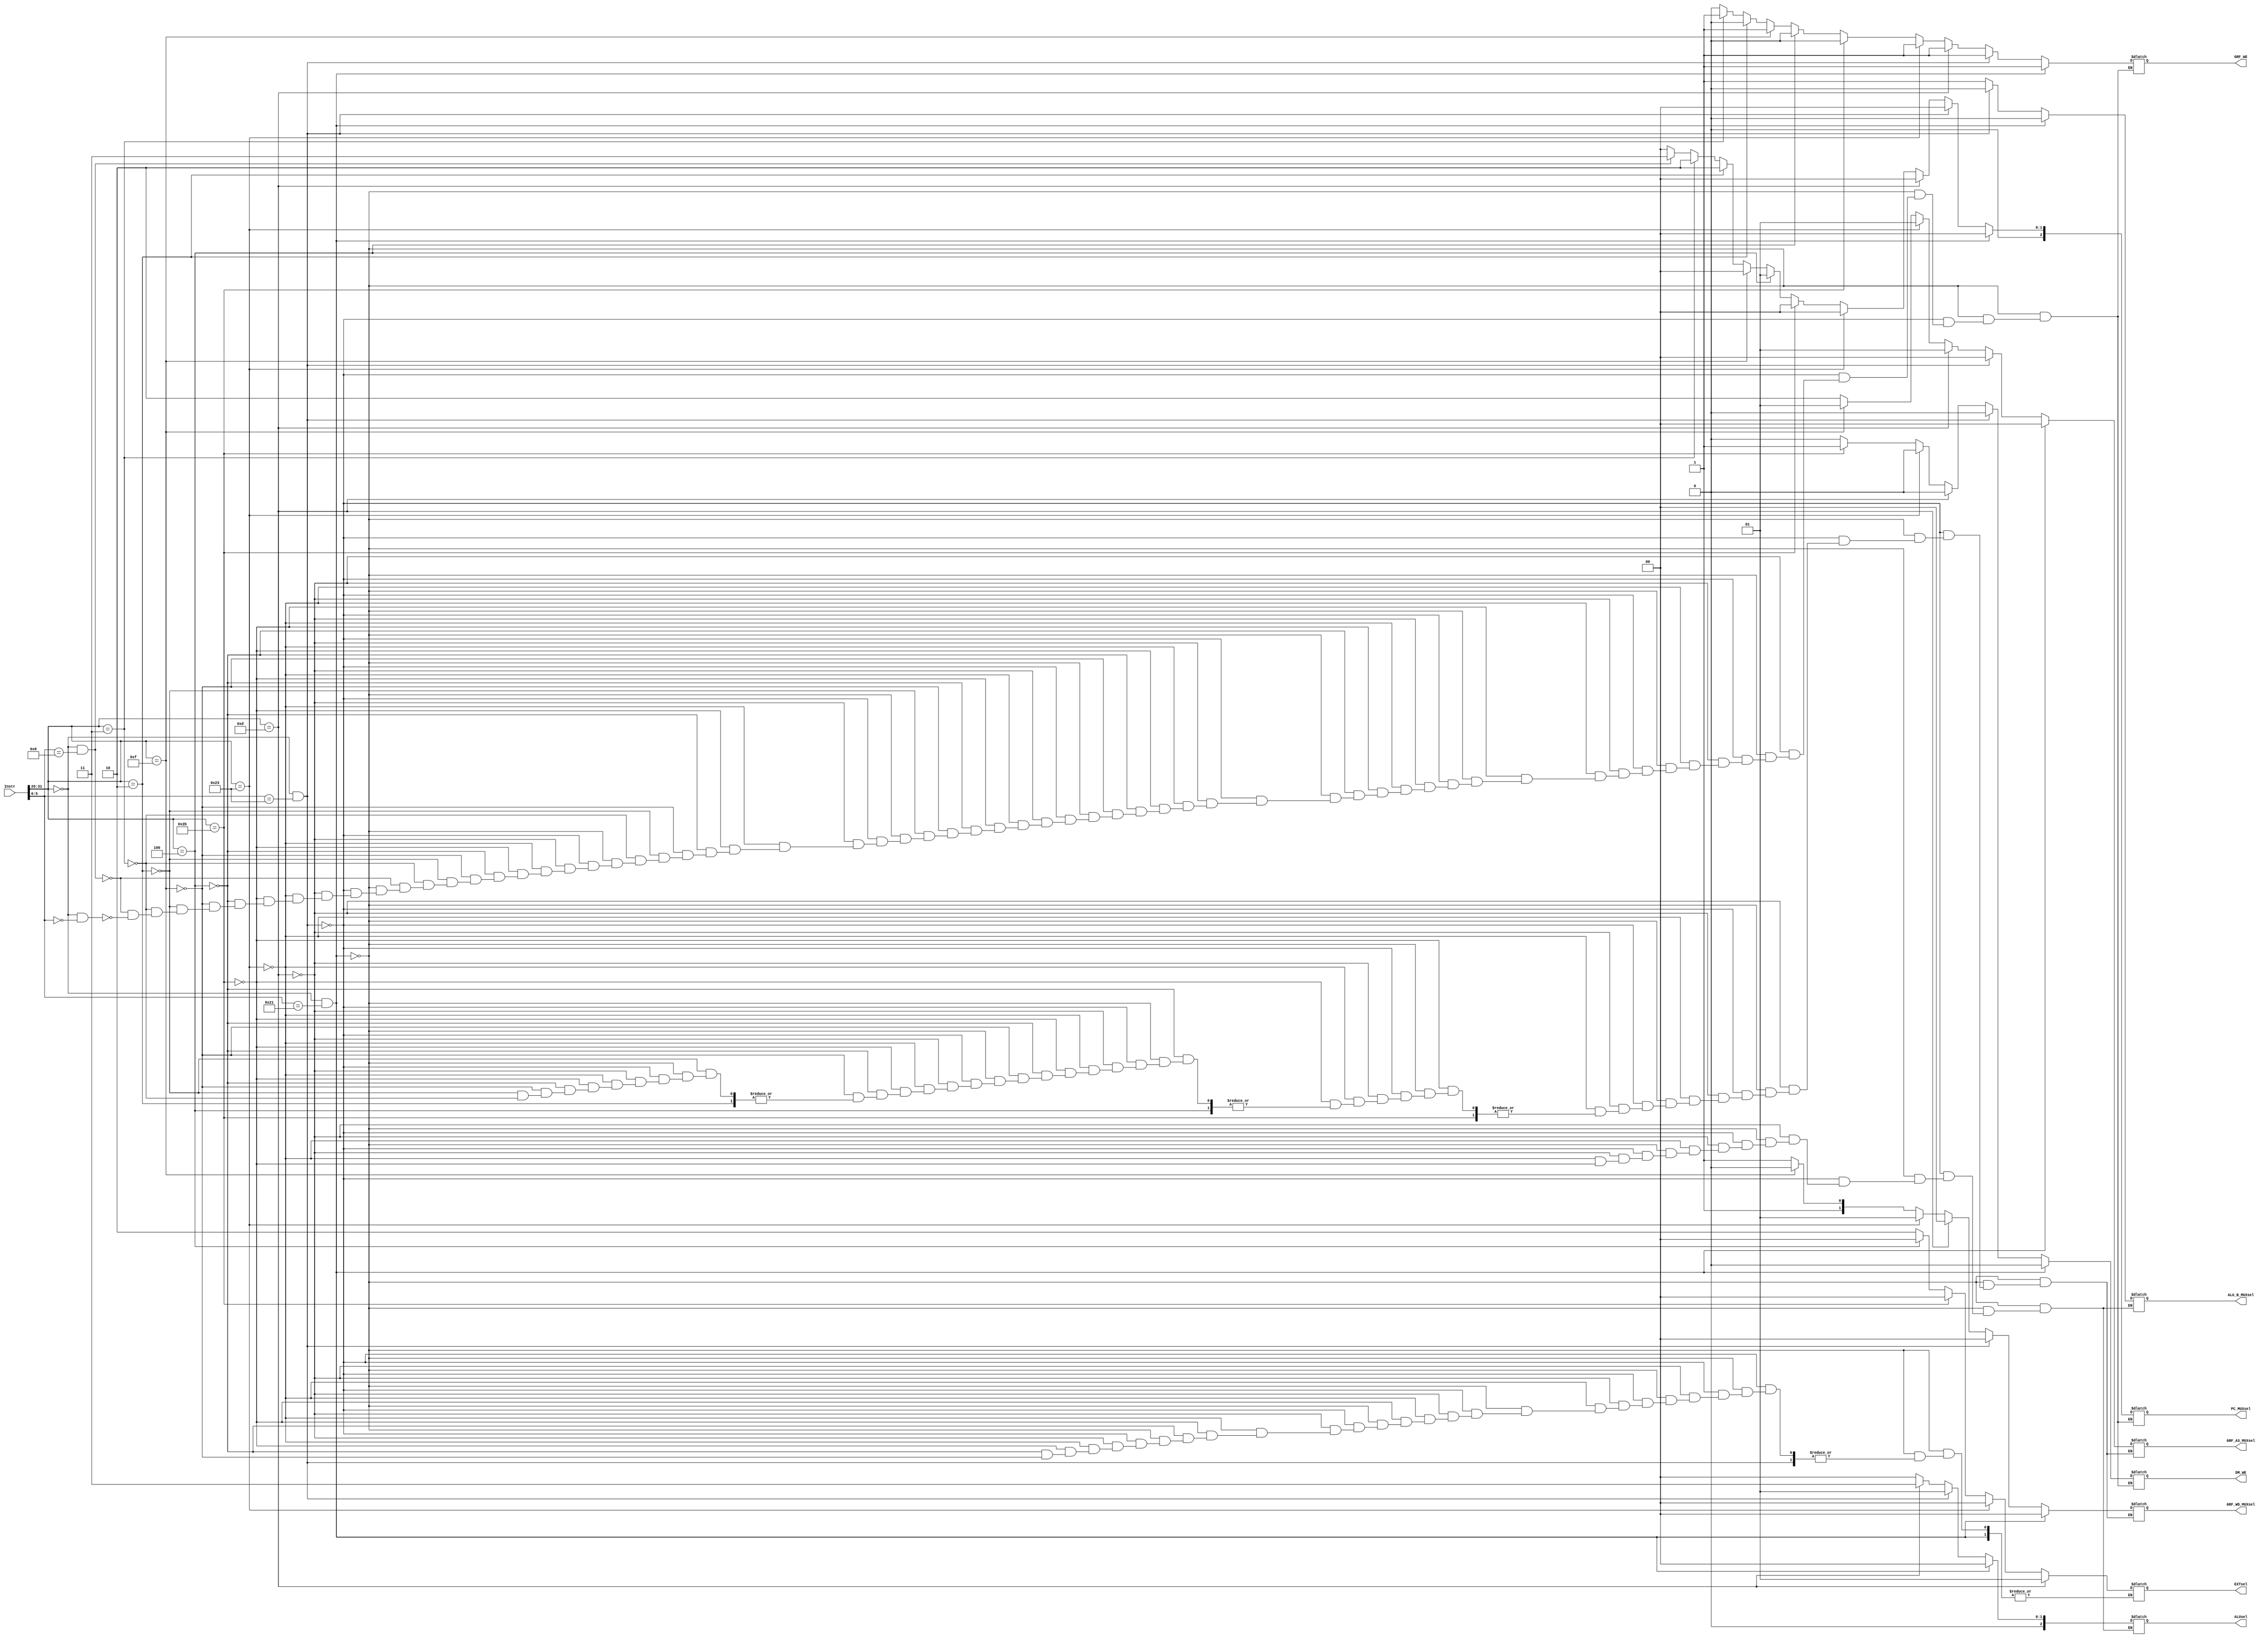
`timescale 1ns / 1ps
`define op 31:26
`define funct 5:0
`define imm26 25:0
`define imm16 15:0
`define rs 25:21
`define rt 20:16
`define rd 15:11
//////////////////////////////////////////////////////////////////////////////////
// Company: 
// Engineer: 
// 
// Design Name: 
// Module Name:    CTRL 
// Project Name: 
// Target Devices: 
// Tool versions: 
// Description: 
//
// Dependencies: 
//
// Revision: 
// Revision 0.01 - File Created
// Additional Comments: 
//
//////////////////////////////////////////////////////////////////////////////////
module ctrl(
	input [31:0] Instr,
	//D control
	output reg [2:0] PC_MUXsel,
	output reg [1:0] EXTsel,
	output reg [1:0] GRF_A3_MUXsel,
	//E control
	output reg [2:0] ALUsel,
	output reg ALU_B_MUXsel,
	//M control
	output reg DM_WE,
	//W control
	output reg [1:0] GRF_WD_MUXsel,
	output reg GRF_WE
    );
	
	wire [5:0] Op = Instr[`op];
	wire [5:0] Funct = Instr[`funct];
	
	always @(*) begin
		if (Op == 6'b000000 && Funct == 6'b100001) begin	//addu
			PC_MUXsel = 0;
			GRF_WE = 1;
			GRF_A3_MUXsel = 0;
			ALUsel = 0;
			ALU_B_MUXsel = 0;
			DM_WE = 0;
			GRF_WD_MUXsel = 0;
		end
		else if (Op == 6'b000000 && Funct == 6'b100011) begin	//subu
			PC_MUXsel = 0;
			GRF_WE = 1;
			GRF_A3_MUXsel = 0;
			ALUsel = 1;
			ALU_B_MUXsel = 0;
			DM_WE = 0;
			GRF_WD_MUXsel = 0;
		end
		else if (Op == 6'b001101) begin		//ori
			PC_MUXsel = 0;
			GRF_WE = 1;
			EXTsel = 1;
			GRF_A3_MUXsel = 1;
			ALUsel = 3;
			ALU_B_MUXsel = 1;
			DM_WE = 0;
			GRF_WD_MUXsel = 0;
		end
		else if (Op == 6'b100011) begin		//lw
			PC_MUXsel = 0;
			GRF_WE = 1;
			EXTsel = 0;
			GRF_A3_MUXsel = 1;
			ALUsel = 0;
			ALU_B_MUXsel = 1;
			DM_WE = 0;
			GRF_WD_MUXsel = 1;
		end
		else if (Op == 6'b101011) begin		//sw
			PC_MUXsel = 0;
			GRF_WE = 0;
			EXTsel = 0;
			ALUsel = 0;
			ALU_B_MUXsel = 1;
			DM_WE = 1;
		end
		else if (Op == 6'b000100) begin		//beq
			PC_MUXsel = 1;
			GRF_WE = 0;
			EXTsel = 0;
			DM_WE = 0;
		end
		else if (Op == 6'b001111) begin		//lui
			PC_MUXsel = 0;
			GRF_WE = 1;
			EXTsel = 2;
			GRF_A3_MUXsel = 1;
			DM_WE = 0;
			GRF_WD_MUXsel = 2;
		end
		else if (Op == 6'b000010) begin		//j
			PC_MUXsel = 2;
			GRF_WE = 0;
			DM_WE = 0;
		end
		else if (Op == 6'b000011) begin		//jal
			PC_MUXsel = 2;
			GRF_WE = 1;
			GRF_A3_MUXsel = 2;
			DM_WE = 0;
			GRF_WD_MUXsel = 3;
		end
		else if (Op == 6'b000000 && Funct == 6'b001000) begin	//jr
			PC_MUXsel = 3;
			GRF_WE = 0;
			DM_WE = 0;
		end
		else if (Op == 6'b000000 && Funct == 6'b000000) begin	//nop
			PC_MUXsel = 0;
			GRF_WE = 0;
			DM_WE = 0;
		end
	end

endmodule